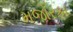
મજોરકા